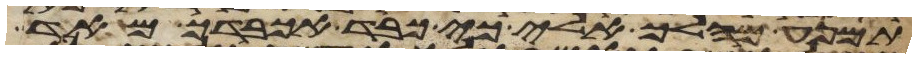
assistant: תמנע מהלך אלי כי כבד אכבדך מאד